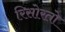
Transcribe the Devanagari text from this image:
रिसोरतो